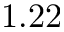
1 . 2 2